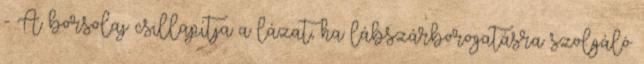
- A borsolaj csillapítja a lázat, ha lábszárborogatásra szolgáló